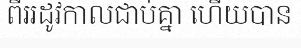
ពីររដូវកាលជាប់គ្នា ហើយបាន